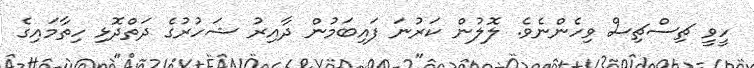
ހީވީ ޗިސްޗިސް ވިހެންނެވެ. ލޮލުން ކަރުނަ ފައިބަމުން ދާއިރު ޝަހުރުގެ ދަތްދޮޅި ހިތާމައިގެ